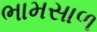
ભામસાળ